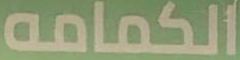
الكمامه